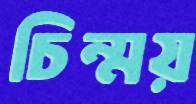
চিন্ময়